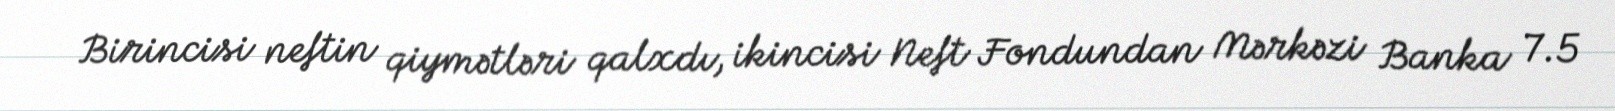
Birincisi neftin qiymətləri qalxdı, ikincisi Neft Fondundan Mərkəzi Banka 7.5